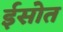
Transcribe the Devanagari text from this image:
ईसोत